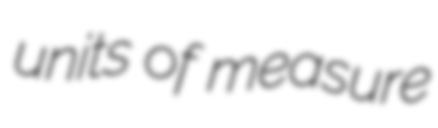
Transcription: units of measure